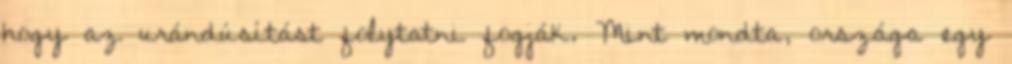
hogy az urándúsítást folytatni fogják. Mint mondta, országa egy